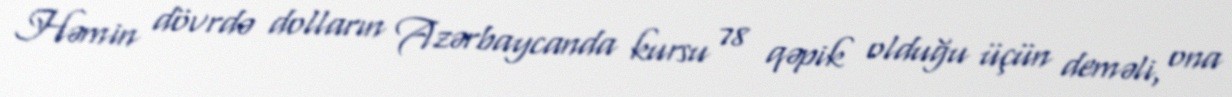
Həmin dövrdə dolların Azərbaycanda kursu 78 qəpik olduğu üçün deməli, ona